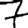
Digit: 7